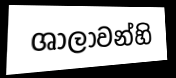
ශාලාවන්හි